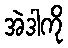
အဲဒါကို